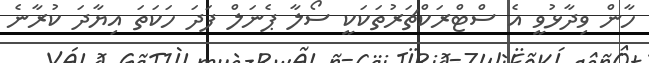
ހާން ވިދާޅުވީ އެ ސްޓްރަކްޗަރުތަކަކީ ސޯލާ ޕެނަލް ފަދަ ހަކަތަ އިޔާދަ ކުރާނެ